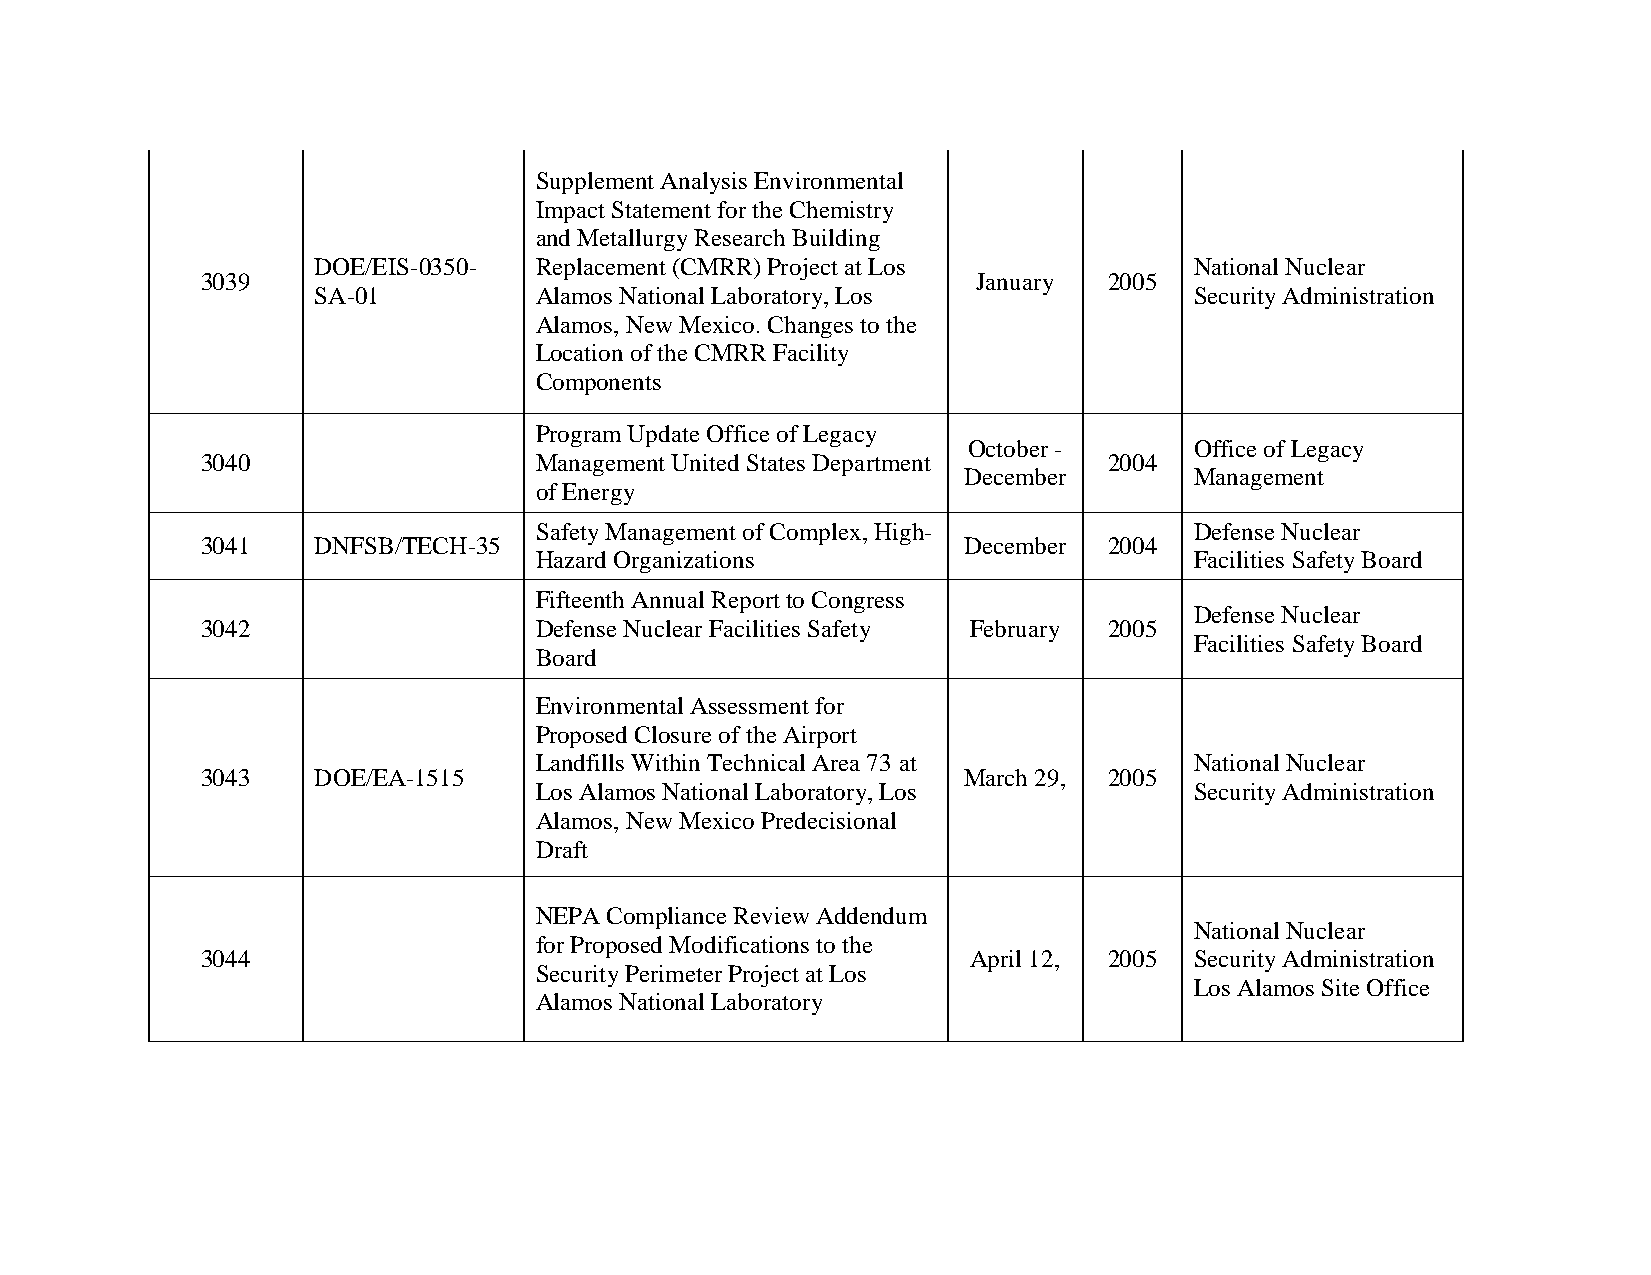
Supplement Analysis Environmental
 Impact Statement for the Chemistry
 and Metallurgy Research Building
 DOE/EIS-0350- Replacement (CMRR) Project at Los           National Nuclear
 3039                                                January 2005
 SA-01         Alamos National Laboratory, Los             Security Administration
 Alamos, New Mexico. Changes to the
 Location of the CMRR Facility
 Components
 Program Update Office of Legacy
 October -      Office of Legacy
 3040                  Management United States Department   2004
 December       Management
 of Energy
 Safety Management of Complex, High-         Defense Nuclear
 3041    DNFSB/TECH-35                              December 2004
 Hazard Organizations                        Facilities Safety Board
 Fifteenth Annual Report to Congress
 Defense Nuclear
 3042                  Defense Nuclear Facilities Safety February 2005
 Facilities Safety Board
 Board
 Environmental Assessment for
 Proposed Closure of the Airport
 Landfills Within Technical Area 73 at       National Nuclear
 3043    DOE/EA-1515                                March 29, 2005
 Los Alamos National Laboratory, Los         Security Administration
 Alamos, New Mexico Predecisional
 Draft
 NEPA Compliance Review Addendum
 National Nuclear
 for Proposed Modifications to the
 3044                                               April 12, 2005 Security Administration
 Security Perimeter Project at Los
 Los Alamos Site Office
 Alamos National Laboratory